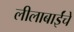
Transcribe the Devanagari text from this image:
लीलाबाईंचे